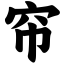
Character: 帘